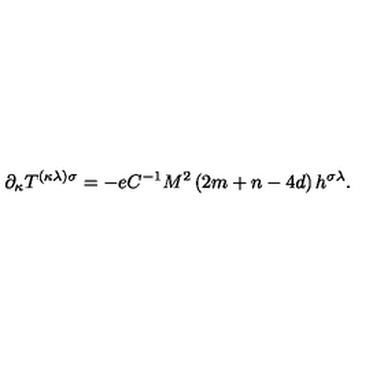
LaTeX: \partial _ { \kappa } T ^ { ( \kappa \lambda ) \sigma } = - e C ^ { - 1 } M ^ { 2 } \left( 2 m + n - 4 d \right) h ^ { \sigma \lambda } .